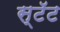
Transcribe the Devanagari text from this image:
स्टॅट